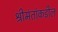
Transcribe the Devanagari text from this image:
श्रीमंतांकडील